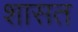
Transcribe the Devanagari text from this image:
शासत